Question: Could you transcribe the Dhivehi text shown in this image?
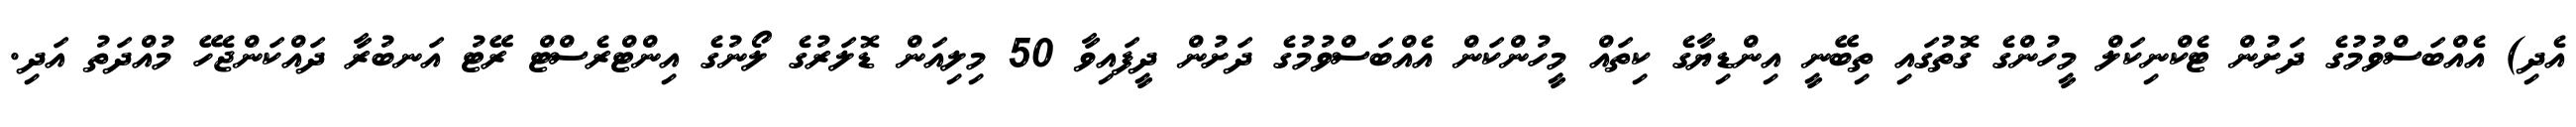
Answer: އެދި) އެއްބަސްވުމުގެ ދަށުން ޓެކްނިކަލް މީހުންގެ ގޮތުގައި ތިބޭނީ އިންޑިޔާގެ ކިތައް މީހުންކަން އެއްބަސްވުމުގެ ދަށުން ދީފައިވާ 50 މިލިއަން ޑޮލަރުގެ ލޯނުގެ އިންޓްރެސްޓް ރޭޓު އަނބުރާ ދައްކަންޖެހޭ މުއްދަތު އަދި.